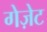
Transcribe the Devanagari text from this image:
गेज़ेट